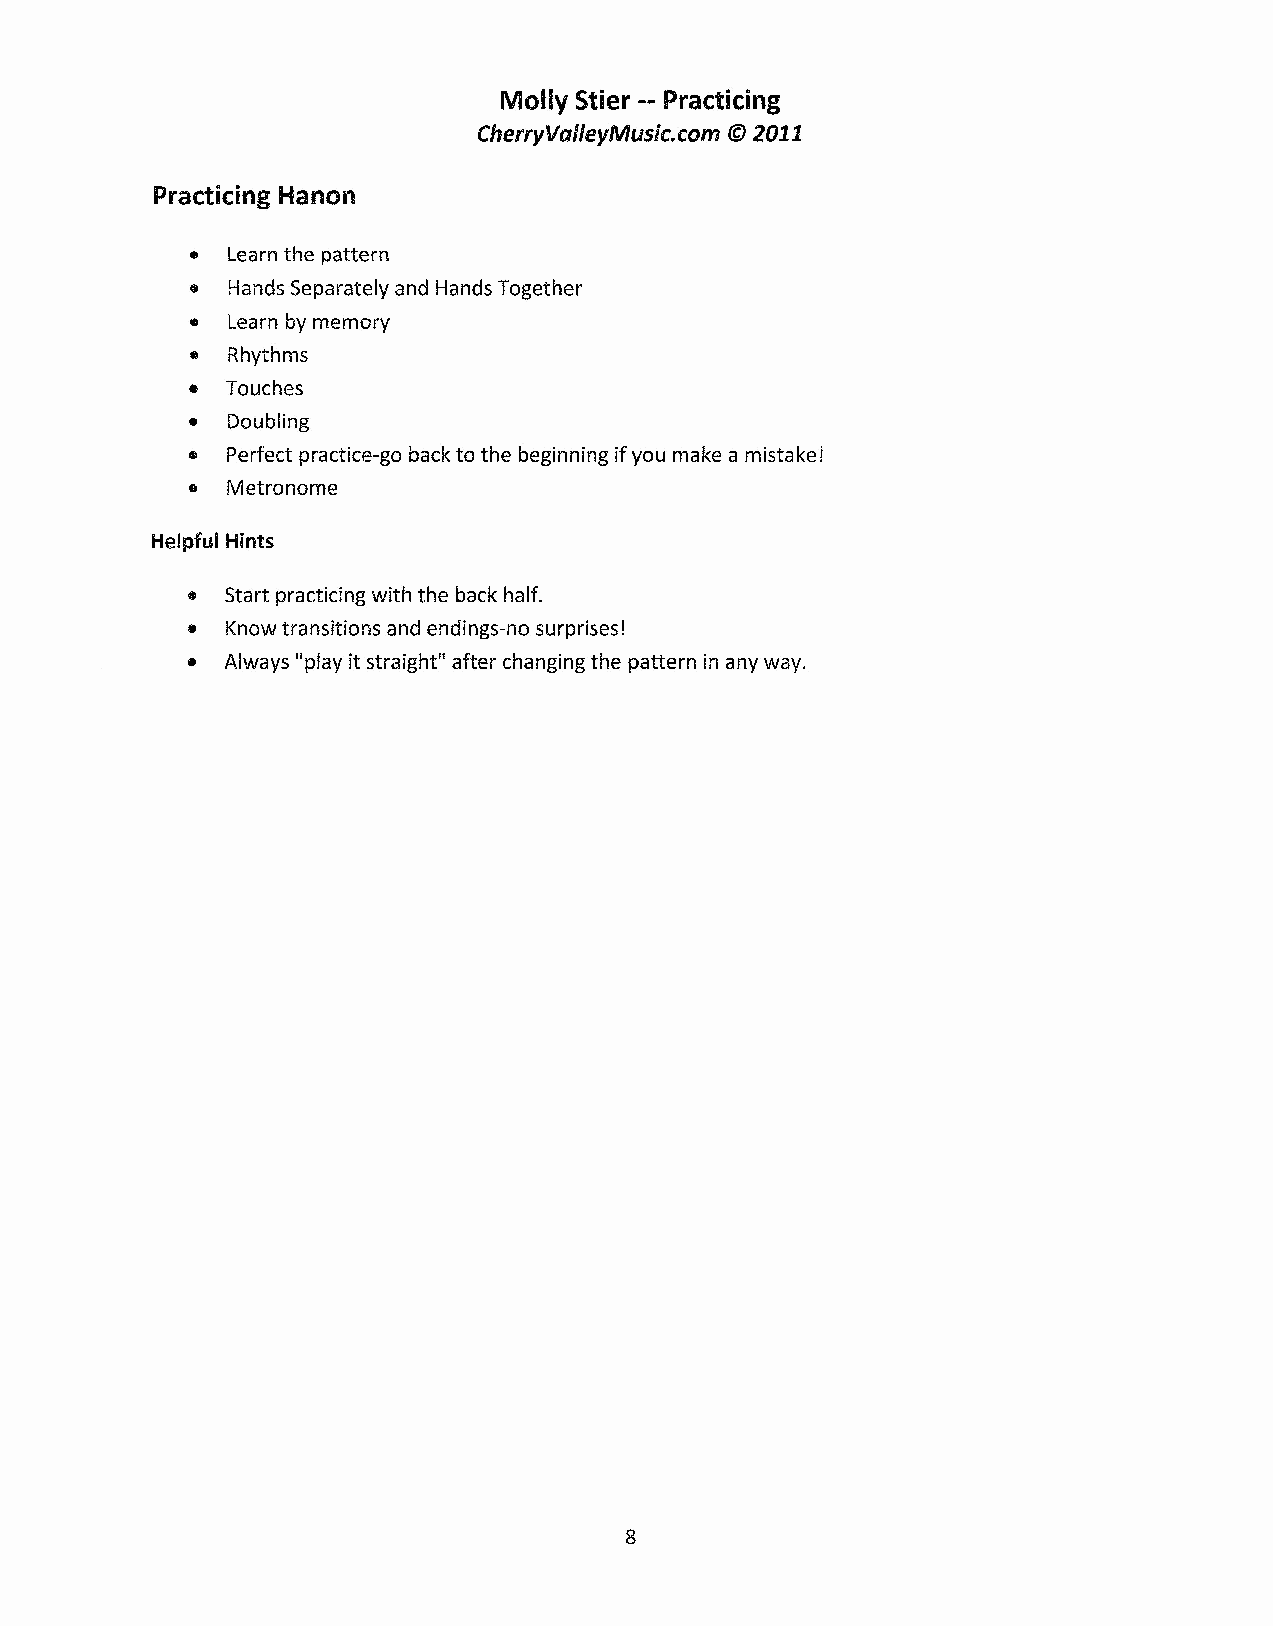
Molly Stier -- Practicing
 CherryValleyMusic.com © 2011
 Practicing Hanon
 • Learn the pattern
 • Hands Separately and Hands Together
 • Learn by memory
 • Rhythms
 • Touches
 •  Doubling
 •  Perfect practice-go back to the beginning if you make amistake!
 •  Metronome
 Helpful Hints
 •  Start practicing with the back half.
 •  Know transitions and endings-no surprises!
 •  Always "play it straight" after changing the pattern in any way.
 8